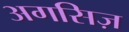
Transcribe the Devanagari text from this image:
अगसिज़